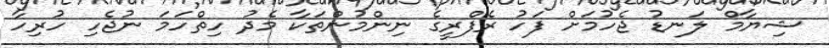
ޝިޔާމް ލަނޑު ޖެހުމަށް ފަހު ރެފްރީގެ ނިންމުންތަކާ މެދު ހިތްހަމަ ނުޖެހި ހުރިހާ